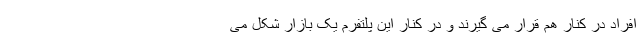
افراد در کنار هم قرار می گیرند و در کنار این پلتفرم یک بازار شکل می